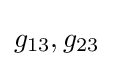
g_{13},g_{23}